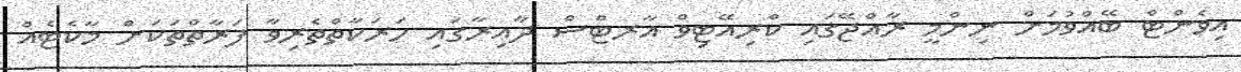
އިވެންޓް ބޭއްވުމަށް ނިންމީ ރާއްޖޭގައި ކްރިއޭޓިވް އާރޓްސް ދާއިރާގައި ހަރަކާތްތެރިވާ ފަރާތްތަކަށް މާކެޓެއް